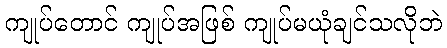
ကျုပ်တောင် ကျုပ်အဖြစ် ကျုပ်မယုံချင်သလိုဘဲ